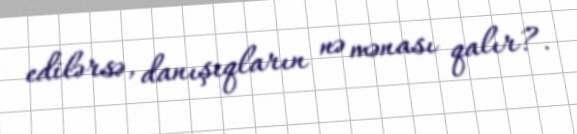
edilərsə, danışıqların nə mənası qalır?.